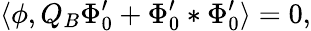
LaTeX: \langle\phi,Q_{B}\Phi_{0}^{\prime}+\Phi_{0}^{\prime}*\Phi_{0}^{\prime}\rangle=0,